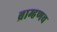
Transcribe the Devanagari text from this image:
ब्राम्हणच